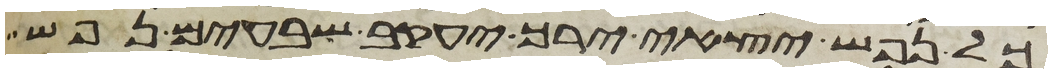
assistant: כל נפש יצאי ירך יעקב שבעים נפש